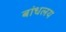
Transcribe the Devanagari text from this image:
बांधलय